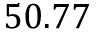
5 0 . 7 7